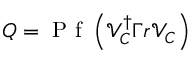
Q = \mathrm { ~ P ~ f ~ } \left( \mathcal { V } _ { C } ^ { \dagger } \Gamma r \mathcal { V } _ { C } \right)